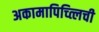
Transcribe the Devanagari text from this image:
अकामापिच्त्लिची